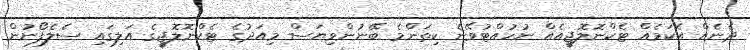
ދެނެއް އެކަމެއް ޓެކްނޮލޮޖީއެއް ނުހުއްޓުވޭނެ ކިތަންމެ ބޭނުންވިޔަސް މިއަދުގެ ޓެކްނޮލޮޖީގެ އަލިގައި ސެލެފޯނުން